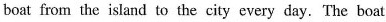
boat from the island to the city every day.The boat